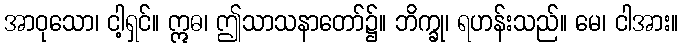
အာဝုသော၊ ငါ့ရှင်။ ဣဓ၊ ဤသာသနာတော်၌။ ဘိက္ခု၊ ရဟန်းသည်။ မေ၊ ငါအား။